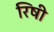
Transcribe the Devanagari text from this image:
रिषी